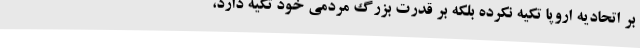
بر اتحادیه اروپا تکیه نکرده بلکه بر قدرت بزرگ مردمی خود تکیه دارد،